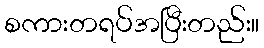
စကားတရပ်အပြီးတည်း။